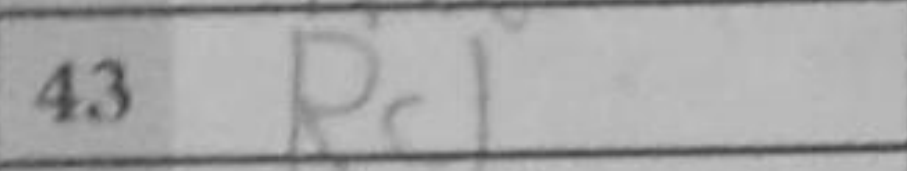
Transcription: Rc1